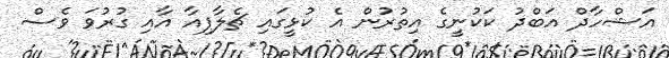
އަޝްހާދް އަބްދު ކަކުނީގެ އިތުރުން އެ ކުޅީގައި ޗެލާޕިއާ އާއި ގުރުވަ ވެސް